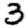
Digit: 3